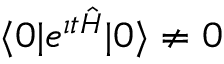
\langle 0 | e ^ { \i t { \hat { H } } } | 0 \rangle \not = 0